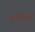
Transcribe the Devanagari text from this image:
ब्लात्तेर